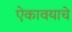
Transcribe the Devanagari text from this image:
ऐकावयाचे